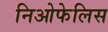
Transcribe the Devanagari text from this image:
निओफेलिस